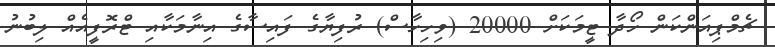
ޗެމްޕިއަންކަން ހޯދާ ޓީމަކަށް 20000 (ވިހިހާސް) ރުފިޔާގެ ފައިސާގެ އިނާމަކާއި ޓްރޮފީއެއް ލިބުނު